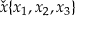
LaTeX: { \check { x } } \{ x _ { 1 } , x _ { 2 } , x _ { 3 } \}